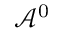
\mathcal { A } ^ { 0 }